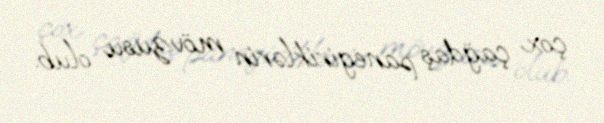
çox çağdaş panegiriklərin mövzusu olub.